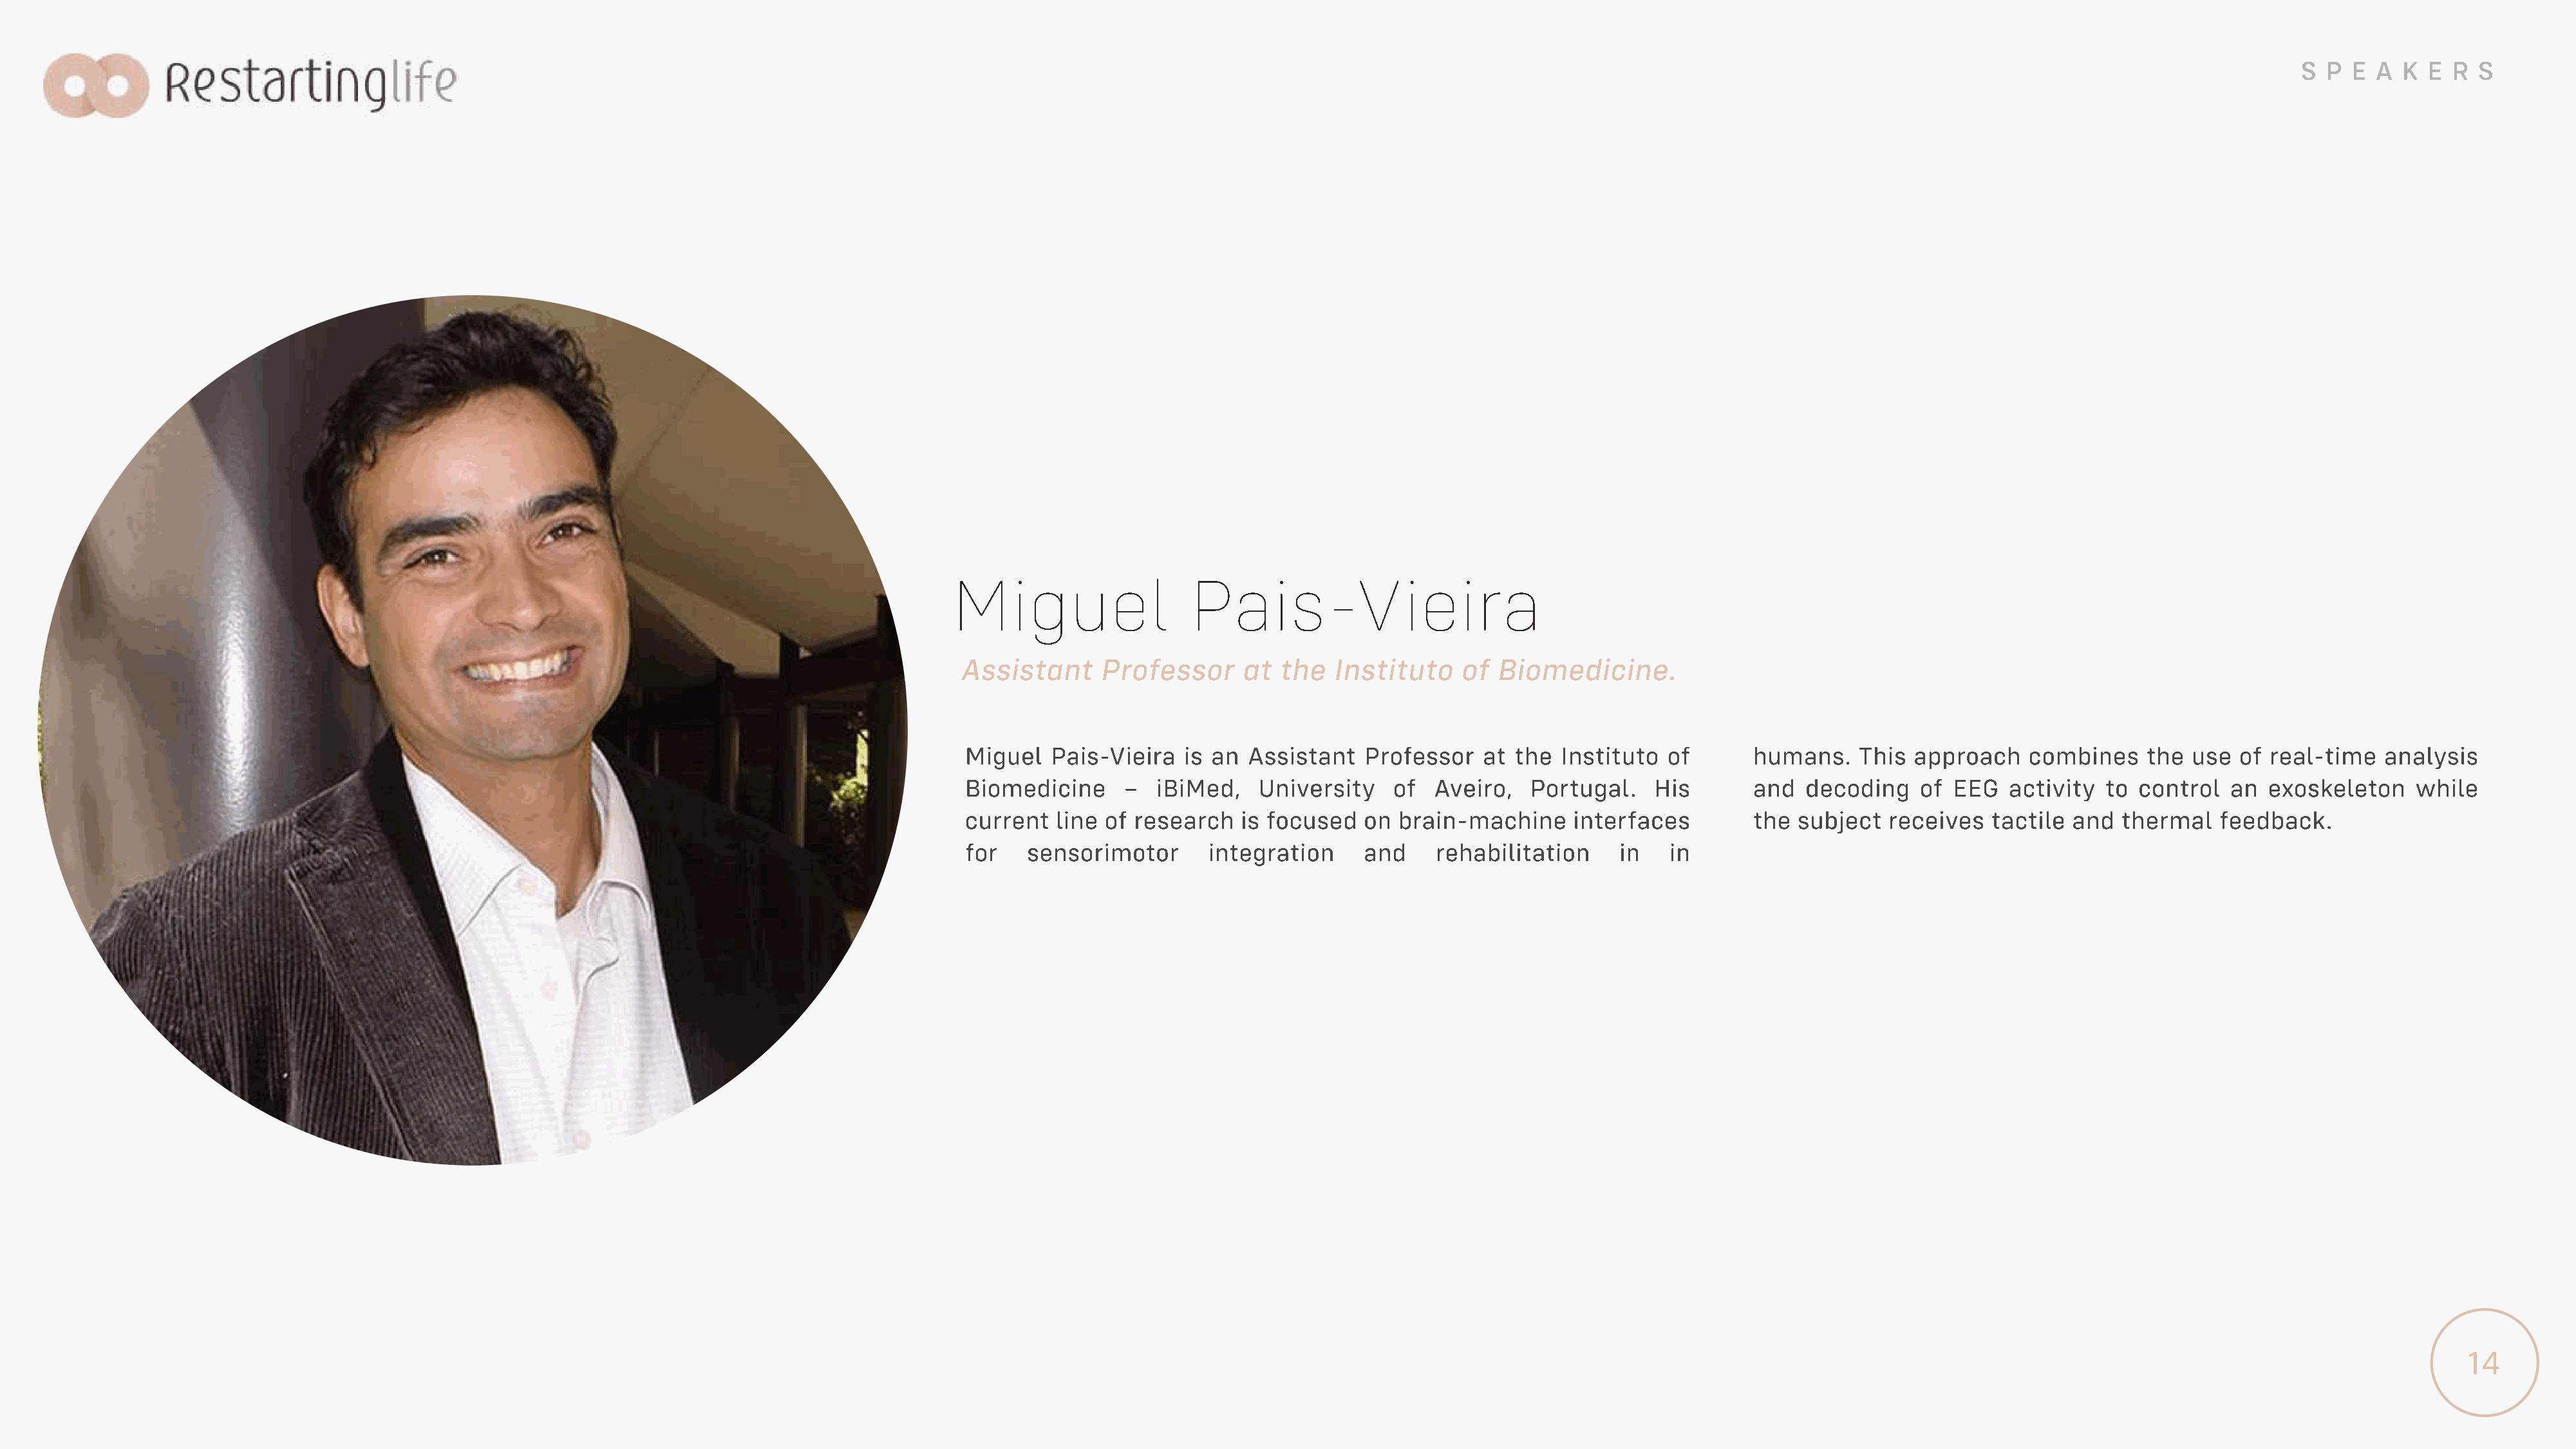
SPEAKERS
 Miguel                  Pais-Vieira
 Assistant     Professor      at  the  Instituto    of  Biomedicine.
 Miguel   Pais-Vieira   is an Assistant   Professor   at  the Instituto  of       humans.    This  approach    combines    the use  of real-time   analysis
 Biomedicine      –  iBiMed,   University    of  Aveiro,   Portugal.    His       and   decoding   of  EEG   activity to  control  an  exoskeleton    while
 current   line of research   is focused  on  brain-machine     interfaces        the  subject  receives   tactile and  thermal   feedback.
 for    sensorimotor      integration     and     rehabilitation    in    in
 14